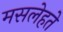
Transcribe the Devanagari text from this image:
मसलेहते